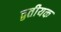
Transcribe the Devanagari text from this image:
द्वतीयक